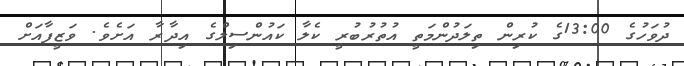
ދުވަހުގެ 13:00ގެ ކުރިން ތިލަދުންމަތީ އުތުރުބުރީ ކެލާ ކައުންސިލްގެ އިދާރާ އަށެވެ. ވަޒީފާއަށް